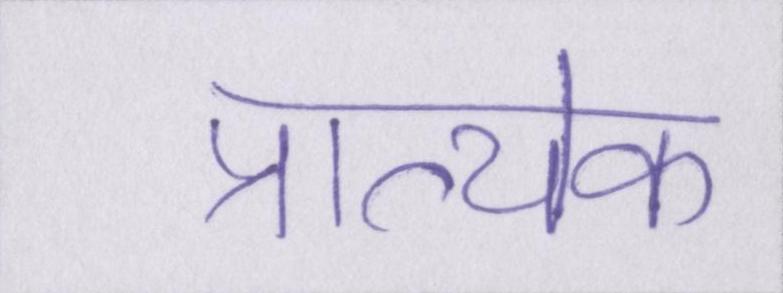
प्रात्येक